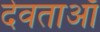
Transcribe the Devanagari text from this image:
देवताऑं